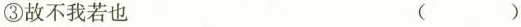
③故不我若也 ( )